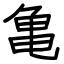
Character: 亀